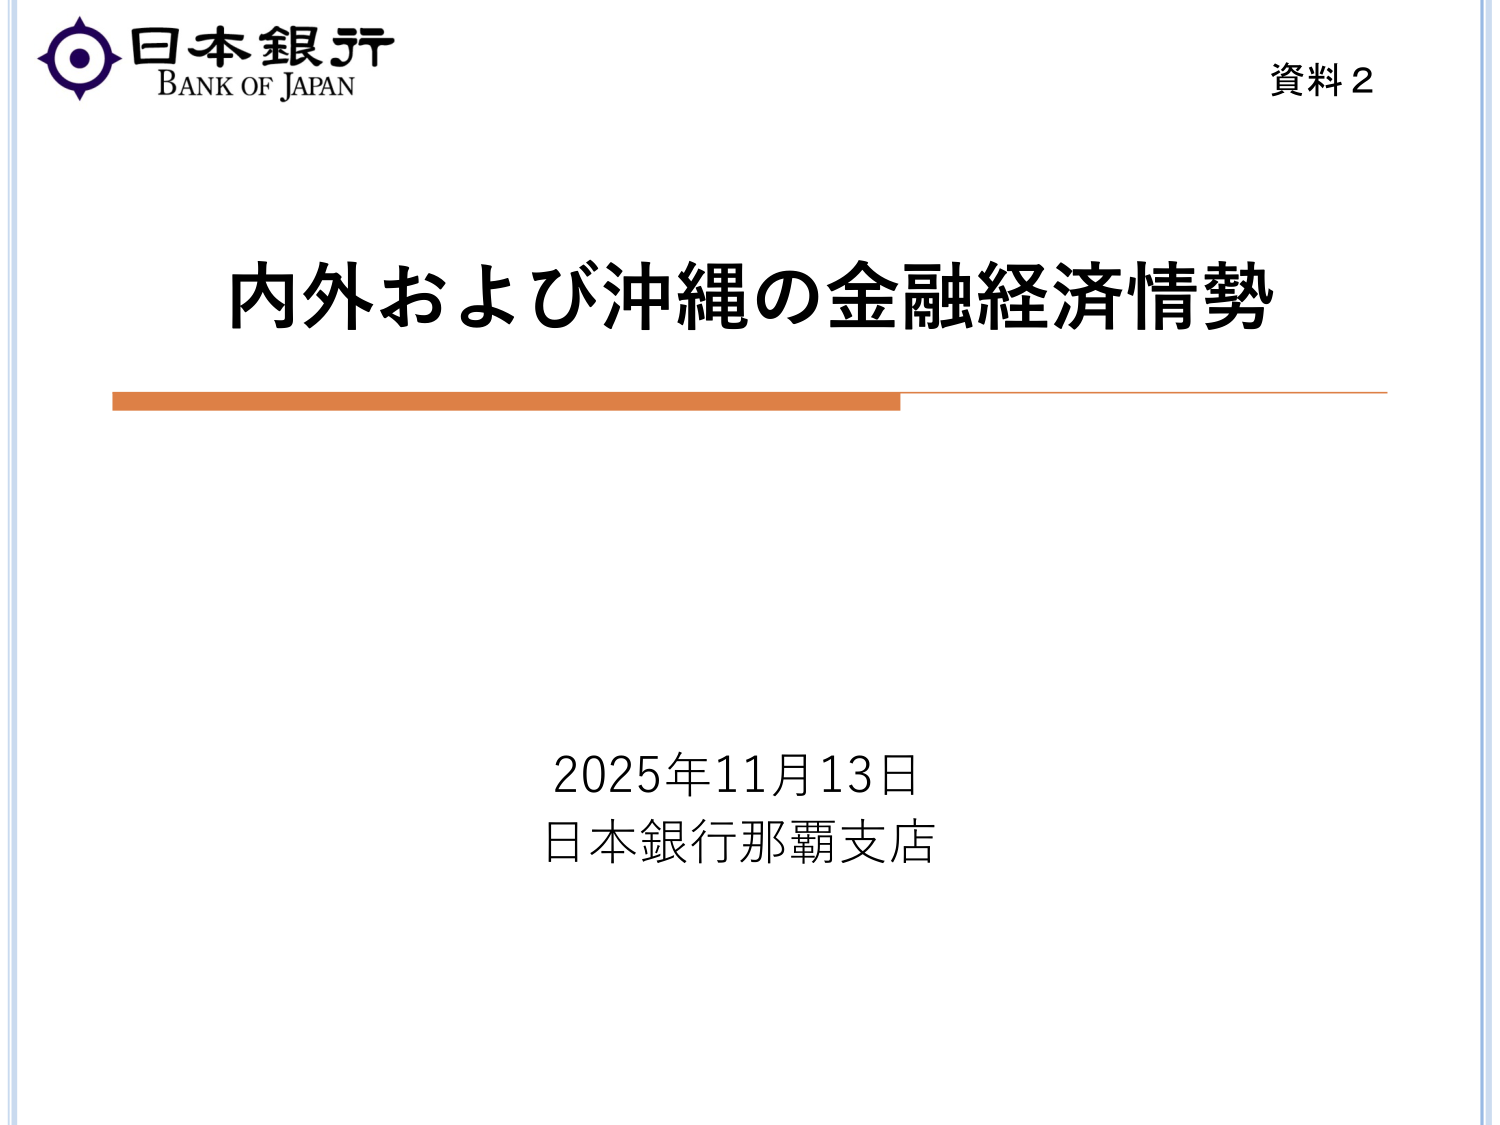
日本銀行
BANK OF JAPAN
資料2
内外および沖縄の金融経済情勢
2025年11月13日
日本銀行那覇支店